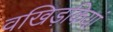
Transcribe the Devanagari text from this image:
वखिड़कियां